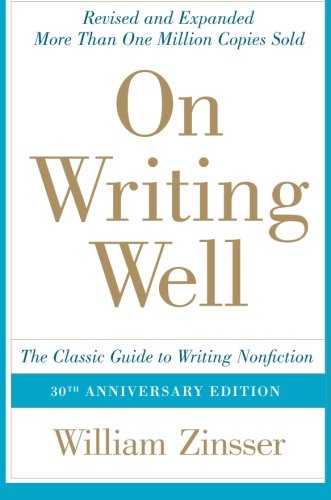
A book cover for On Writing Well, 30th Anniversary Edition: The Classic Guide to Writing Nonfiction; William Zinsser; Reference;